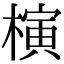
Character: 𣘹